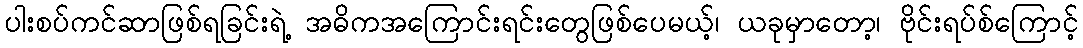
ပါးစပ်ကင်ဆာဖြစ်ရခြင်းရဲ့ အဓိကအကြောင်းရင်းတွေဖြစ်ပေမယ့်၊ ယခုမှာတော့၊ ဗိုင်းရပ်စ်ကြောင့်